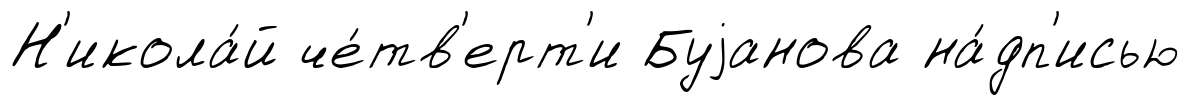
Н'икола́й че́тв'ерт'и Буjанова на́дп'исью